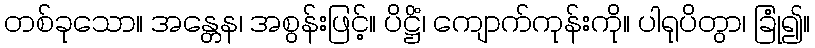
တစ်ခုသော။ အန္တေန၊ အစွန်းဖြင့်။ ပိဋ္ဌိံ၊ ကျောက်ကုန်းကို။ ပါရုပိတွာ၊ ခြုံ၍။